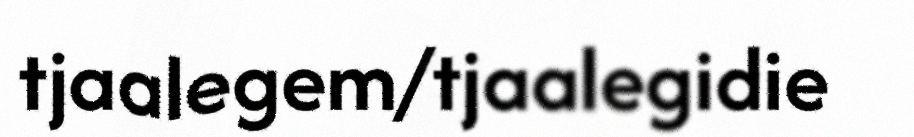
tjaalegem/tjaalegidie